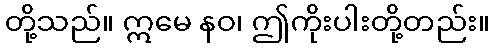
တို့သည်။ ဣမေ နဝ၊ ဤကိုးပါးတို့တည်း။